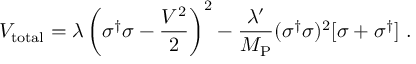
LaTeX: V _ { \mathrm { t o t a l } } = \lambda \left( \sigma ^ { \dagger } \sigma - \frac { V ^ { 2 } } { 2 } \right) ^ { 2 } - \frac { \lambda ^ { \prime } } { M _ { \mathrm { P } } } ( \sigma ^ { \dagger } \sigma ) ^ { 2 } [ \sigma + \sigma ^ { \dagger } ] ~ .